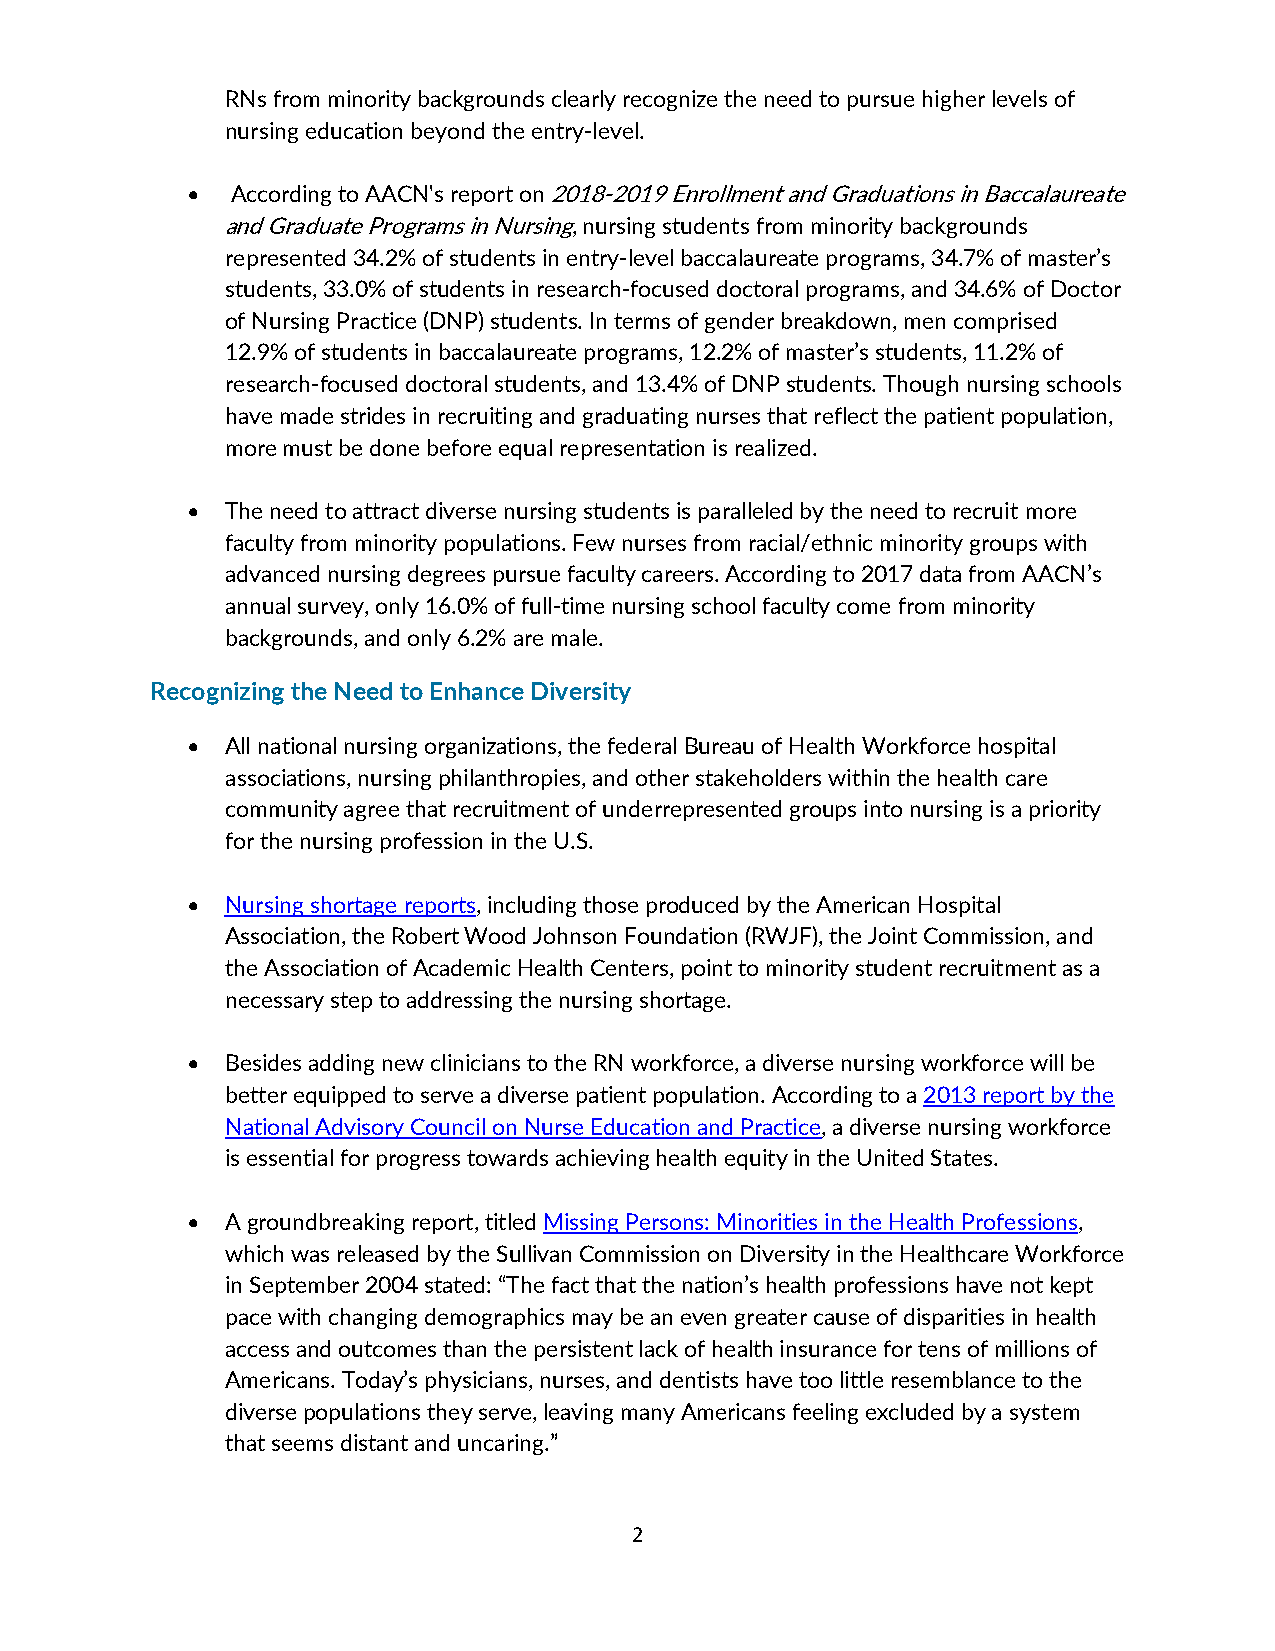
RNs from minority backgrounds clearly recognize the need to pursue higher levels of
 nursing education beyond the entry-level.
 •  According to AACN's report on 2018-2019 Enrollment and Graduations in Baccalaureate
 and Graduate Programs in Nursing, nursing students from minority backgrounds
 represented 34.2% of students in entry-level baccalaureate programs, 34.7% of master’s
 students, 33.0% of students in research-focused doctoral programs, and 34.6% of Doctor
 of Nursing Practice (DNP) students. In terms of gender breakdown, men comprised
 12.9% of students in baccalaureate programs, 12.2% of master’s students, 11.2% of
 research-focused doctoral students, and 13.4% of DNP students. Though nursing schools
 have made strides in recruiting and graduating nurses that reflect the patient population,
 more must be done before equal representation is realized.
 •  The need to attract diverse nursing students is paralleled by the need to recruit more
 faculty from minority populations. Few nurses from racial/ethnic minority groups with
 advanced nursing degrees pursue faculty careers. According to 2017 data from AACN’s
 annual survey, only 16.0% of full-time nursing school faculty come from minority
 backgrounds, and only 6.2% are male.
 Recognizing the Need to Enhance Diversity
 •  All national nursing organizations, the federal Bureau of Health Workforce hospital
 associations, nursing philanthropies, and other stakeholders within the health care
 community agree that recruitment of underrepresented groups into nursing is a priority
 for the nursing profession in the U.S.
 •  Nursing shortage reports, including those produced by the American Hospital
 Association, the Robert Wood Johnson Foundation (RWJF), the Joint Commission, and
 the Association of Academic Health Centers, point to minority student recruitment as a
 necessary step to addressing the nursing shortage.
 •  Besides adding new clinicians to the RN workforce, a diverse nursing workforce will be
 better equipped to serve a diverse patient population. According to a 2013 report by the
 National Advisory Council on Nurse Education and Practice, a diverse nursing workforce
 is essential for progress towards achieving health equity in the United States.
 •  A groundbreaking report, titled Missing Persons: Minorities in the Health Professions,
 which was released by the Sullivan Commission on Diversity in the Healthcare Workforce
 in September 2004 stated: “The fact that the nation’s health professions have not kept
 pace with changing demographics may be an even greater cause of disparities in health
 access and outcomes than the persistent lack of health insurance for tens of millions of
 Americans. Today’s physicians, nurses, and dentists have too little resemblance to the
 diverse populations they serve, leaving many Americans feeling excluded by a system
 that seems distant and uncaring.”
 2